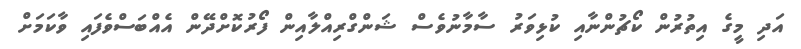
އަދި މީގެ އިތުރުން ކޯޗުންނާއި ކުޅިވަރު ސާމާނުވެސް ޝަންގްރިއްލާއިން ފޯރުކޮށްދޭން އެއްބަސްވެފައި ވާކަމަށް